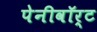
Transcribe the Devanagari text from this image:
पेनीवॉर्ट